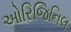
ઓરિજિનિલ